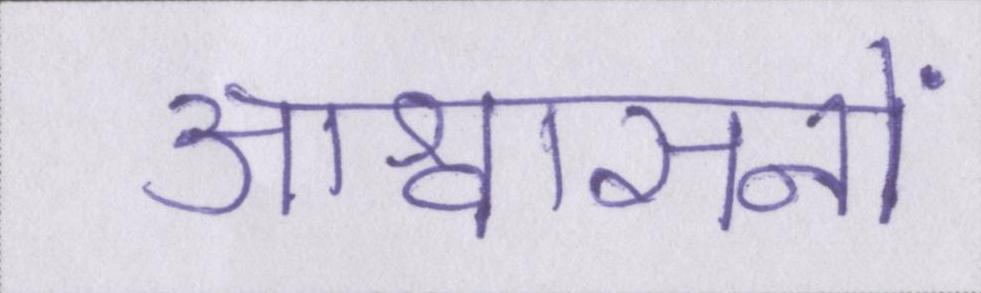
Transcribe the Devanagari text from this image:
आश्वासनों